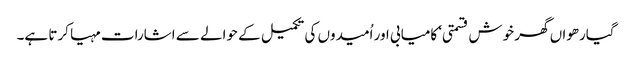
گیارھواں گھر خوش قسمتی‘ کامیابی اور اُمیدوں کی تکمیل کے حوالے سے اشارات مہیا کرتا ہے۔